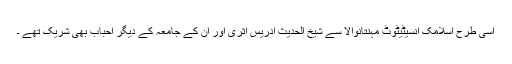
اسی طرح اسلامک انسیٹیٹوٹ مہنتانوالا سے شیخ الحدیث ادریس اثری اور ان کے جامعہ کے دیگر احباب بھی شریک تھے ۔